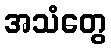
အသံတွေ